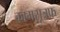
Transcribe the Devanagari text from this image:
कामसूत्रफ़